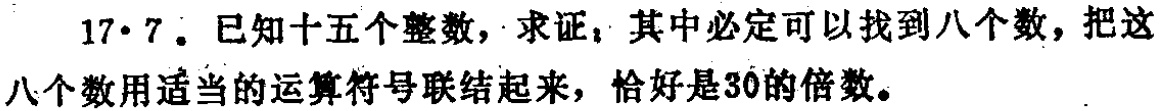
17·7。已知十五个整数，求证：其中必定可以找到八个数，把这八个数用适当的运算符号联结起来，恰好是30的倍数。